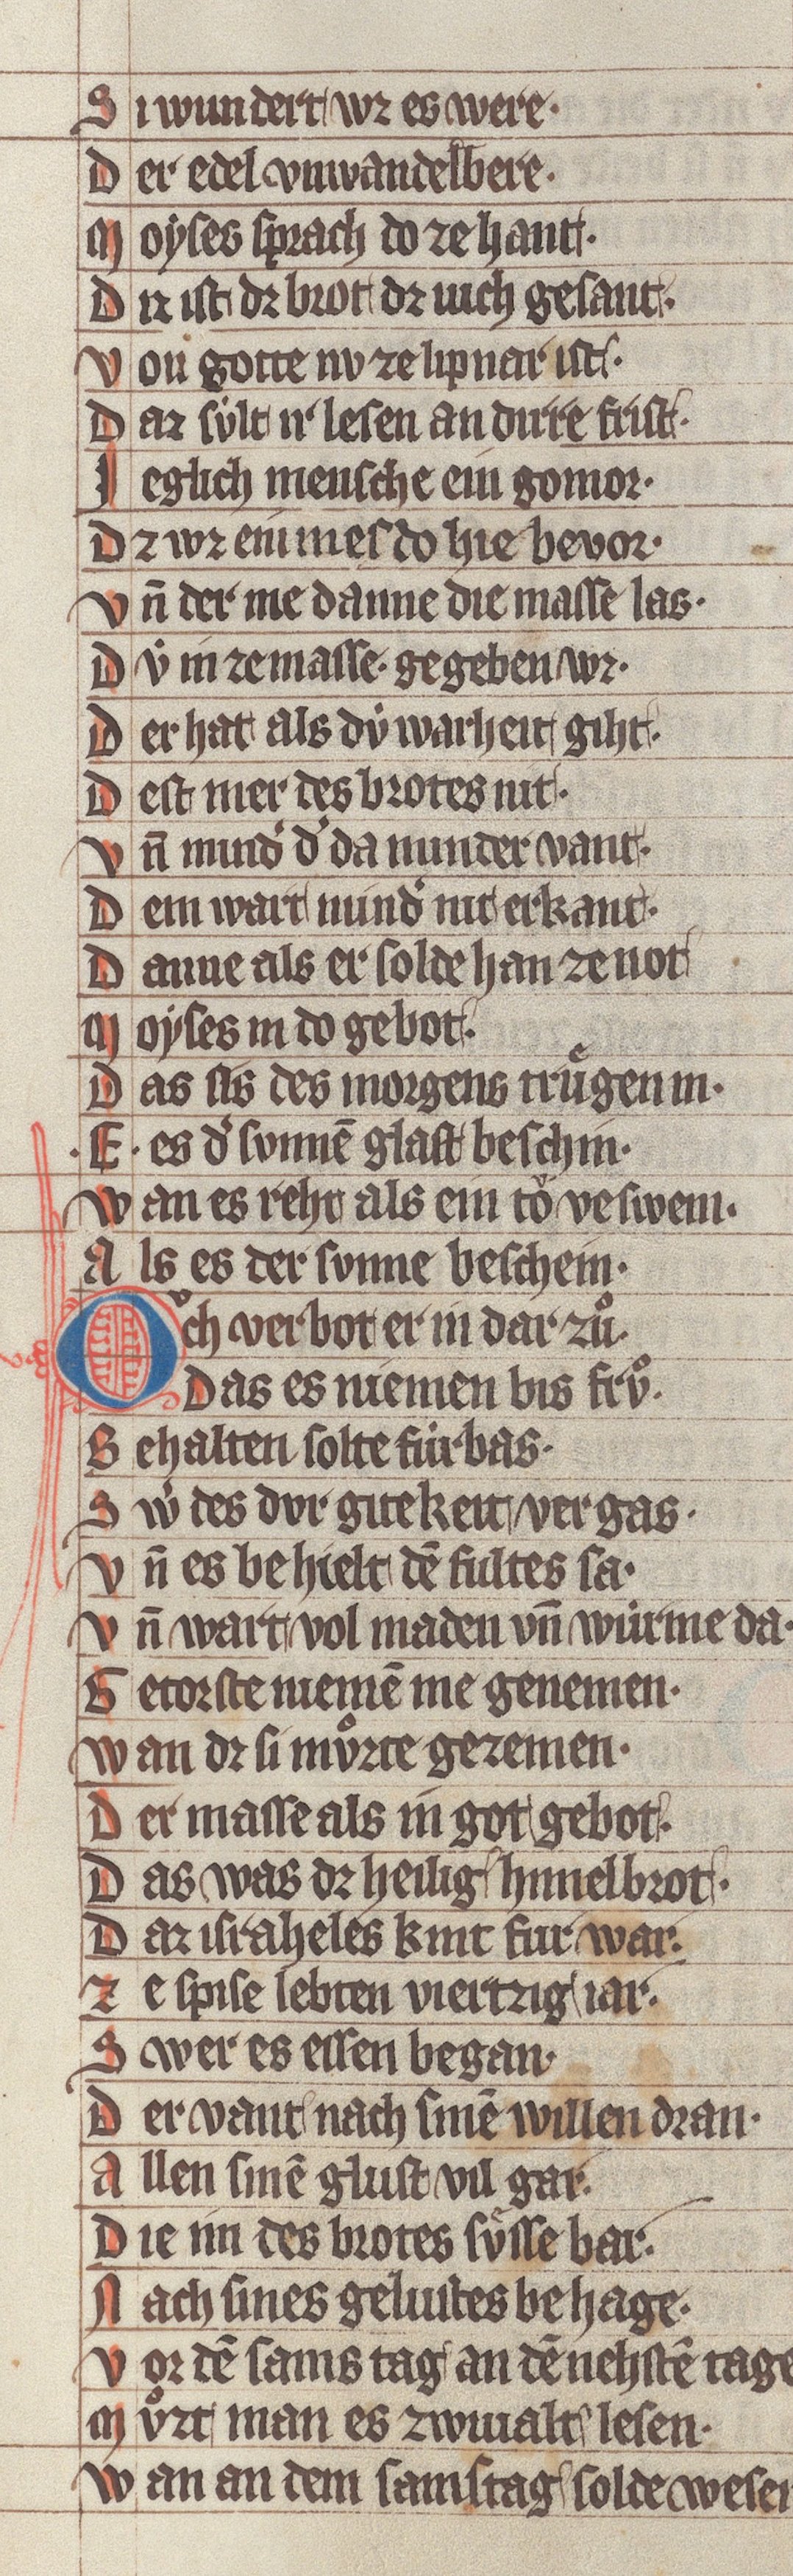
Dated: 1340–1350